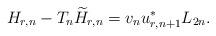
LaTeX: \begin{align*} H_{r,n} - T_n\widetilde H_{r,n} = v_n u_{r, n+1}^* L_{2n}.\end{align*}